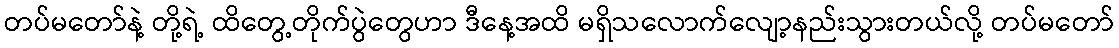
တပ်မတော်နဲ့ တို့ရဲ့ ထိတွေ့တိုက်ပွဲတွေဟာ ဒီနေ့အထိ မရှိသလောက်လျော့နည်းသွားတယ်လို့ တပ်မတော်